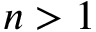
n > 1